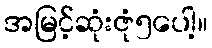
အမြင့်ဆုံးဇုံ၅ပေါ့။